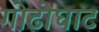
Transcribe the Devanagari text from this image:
गोढोघाट